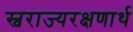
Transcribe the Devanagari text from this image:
स्वराज्यरक्षणार्थ